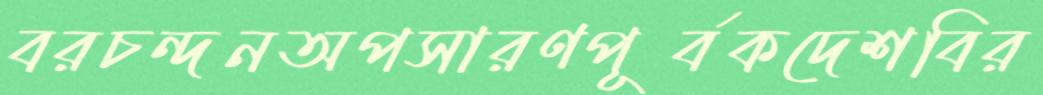
বরচন্দনঅপসারণপূর্বকদেশবির